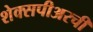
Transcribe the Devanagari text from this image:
शेक्सपीअरची